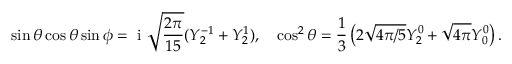
\sin \theta \cos \theta \sin \phi = \mathrm { ~ i ~ } \sqrt { \frac { 2 \pi } { 1 5 } } ( Y _ { 2 } ^ { - 1 } + Y _ { 2 } ^ { 1 } ) , \quad \cos ^ { 2 } \theta = \frac { 1 } { 3 } \left( 2 \sqrt { 4 \pi / 5 } Y _ { 2 } ^ { 0 } + \sqrt { 4 \pi } Y _ { 0 } ^ { 0 } \right) .